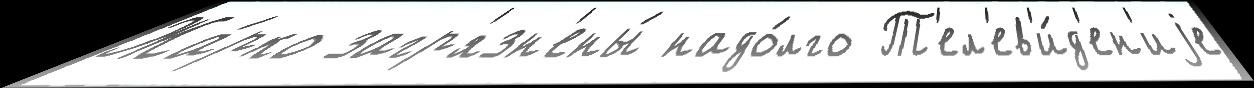
Жа́рко загр'язн'ены́ надо́лго Т'ел'ев'и́д'ен'иjе